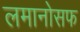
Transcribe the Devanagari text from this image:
लमानोसफ